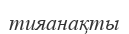
тияанақты